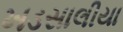
ખડસાલીયા